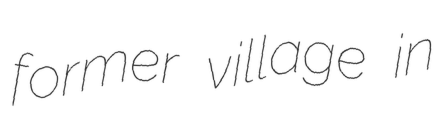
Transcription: former village in